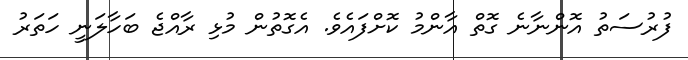
ފުރުސަތު އޮންނާނެ ގޮތް އާންމު ކޮށްފައެވެ. އެގޮތުން މުޅި ރާއްޖެ ބަހާލަނީ ހަތަރު